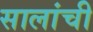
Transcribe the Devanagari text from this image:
सालांची